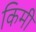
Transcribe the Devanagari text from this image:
किमी